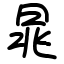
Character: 晁